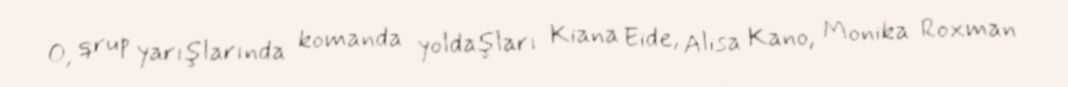
O, qrup yarışlarında komanda yoldaşları Kiana Eide, Alisa Kano, Monika Roxman